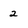
Character: 2